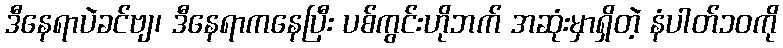
ဒီနေရာပဲခင်ဗျ၊ ဒီနေရာကနေပြီး ပစ်ကွင်းဟိုဘက် အဆုံးမှာရှိတဲ့ နံပါတ်၁၀ကို